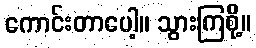
ကောင်းတာပေါ့။ သွားကြစို့။